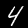
Label: 4